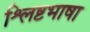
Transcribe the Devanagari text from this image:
श्लिष्टभाषा